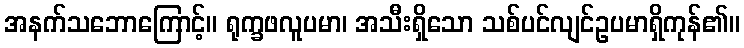
အနက်သဘောကြောင့်။ ရုက္ခဖလူပမာ၊ အသီးရှိသော သစ်ပင်လျင်ဥပမာရှိကုန်၏။